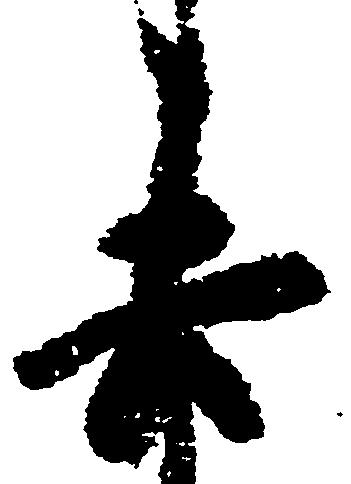
去